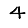
Digit: 4